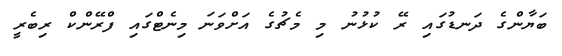
ބަޔާންގެ ދަނޑުގައި ރޭ ކުޅުނު މި މެޗުގެ އަށްވަނަ މިނެޓްގައި ފްރޭންކް ރިބެރީ